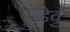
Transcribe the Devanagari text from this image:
ट्रुडेवु